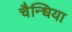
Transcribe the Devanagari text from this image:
चैन्धिया